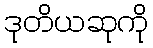
ဒုတိယဆုကို